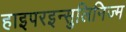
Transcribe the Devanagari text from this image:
हाइपरइन्सुलिनिज्म